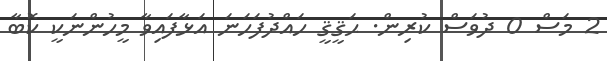
2 މަސް 0 ދުވަސް ކުރިން. ޙަޤީޤީ ހައްދުފަހަނަ އަޅާފައިވާ މީހުންނަކީ ކޮބާ